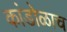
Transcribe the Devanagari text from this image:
कांडोळाच